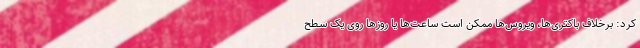
کرد: برخلاف باکتری‌ها، ویروس‌ها ممکن است ساعت‌ها یا روزها روی یک سطح